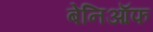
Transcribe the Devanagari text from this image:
बेनिऑफ